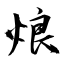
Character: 烺